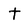
Character: t